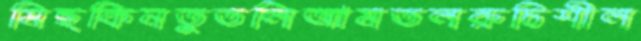
মিছকিনতুতলিআমতলরুচিশীল